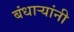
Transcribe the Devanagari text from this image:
बंधाऱ्यांनी